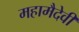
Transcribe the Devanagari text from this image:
महामैदेवी